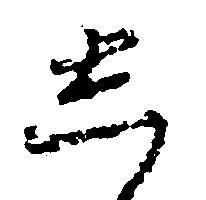
し